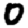
Digit: 0